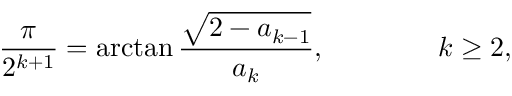
{ \frac { \pi } { 2 ^ { k + 1 } } } = \arctan { \frac { \sqrt { 2 - a _ { k - 1 } } } { a _ { k } } } , \qquad \qquad k \geq 2 ,